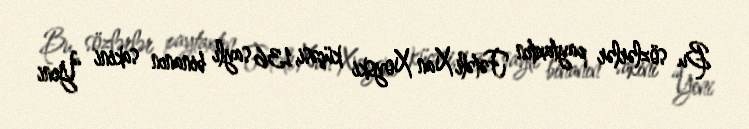
Bu sözlərlər paytaxtın Fətəli Xan Xoyski küçəsi, 136 saylı binanın sakini “Yeni